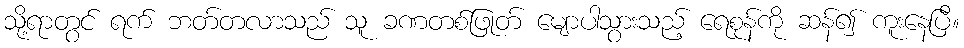
သို့ရာတွင် ရက် ဘတ်တလာသည် သူ ခဏတစ်ဖြုတ် မျောပါသွားသည့် ရေစုန်ကို ဆန်၍ ကူးနေပြီ။